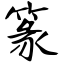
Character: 篆